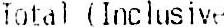
TOTAL (INCLUSIVE